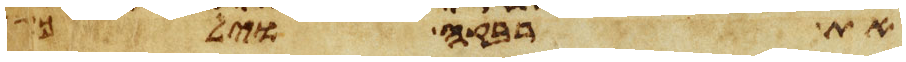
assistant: את רבקה וילך